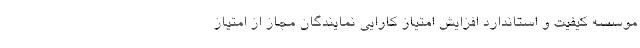
موسسه کیفیت و استاندارد افزایش امتیاز کارایی نمایندگان مجاز از امتیاز